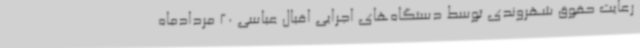
رعایت حقوق شهروندی توسط دستگاه‌های اجرایی اقبال عباسی 20 مردادماه